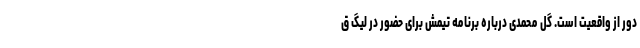
دور از واقعیت است. گل محمدی درباره برنامه تیمش برای حضور در لیگ ق